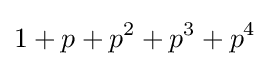
1+p+p^{2}+p^{3}+p^{4}